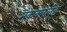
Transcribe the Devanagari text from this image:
मैकक्लेलैंड